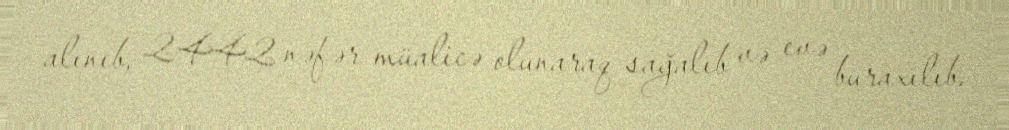
alınıb, 2442 nəfər müalicə olunaraq sağalıb və evə buraxılıb.